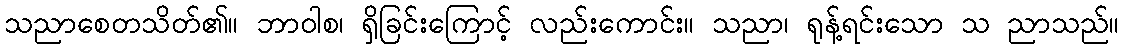
သညာစေတသိတ်၏။ ဘာဝါစ၊ ရှိခြင်းကြောင့် လည်းကောင်း။ သညာ၊ ရုန့်ရင်းသော သ ညာသည်။